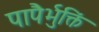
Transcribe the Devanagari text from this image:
पापैर्भुक्तिं